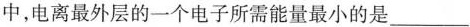
中，电离最外层的一个电子所需能量最小的是___